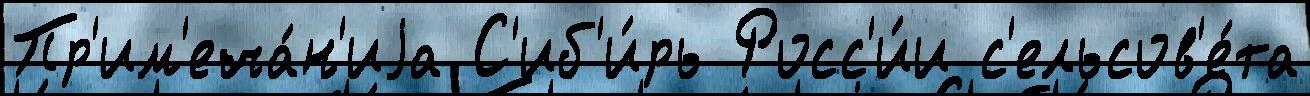
Пр'им'еча́н'иjа С'иб'и́рь Росс'и́и с'ельсов'е́та